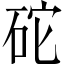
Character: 砣